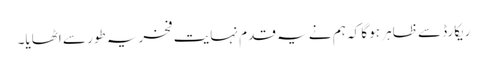
ریکارڈ سے ظاہر ہو گا کہ ہم نے یہ قدم نہایت فخریہ طور سے اٹھایا۔